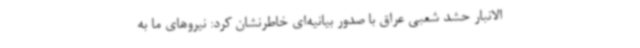
الانبار حشد شعبی عراق با صدور بیانیه‌ای خاطرنشان کرد: نیروهای ما به